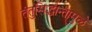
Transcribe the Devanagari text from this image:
तंतुसिद्धान्तामुळे